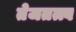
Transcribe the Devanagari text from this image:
तेजतत्त्व